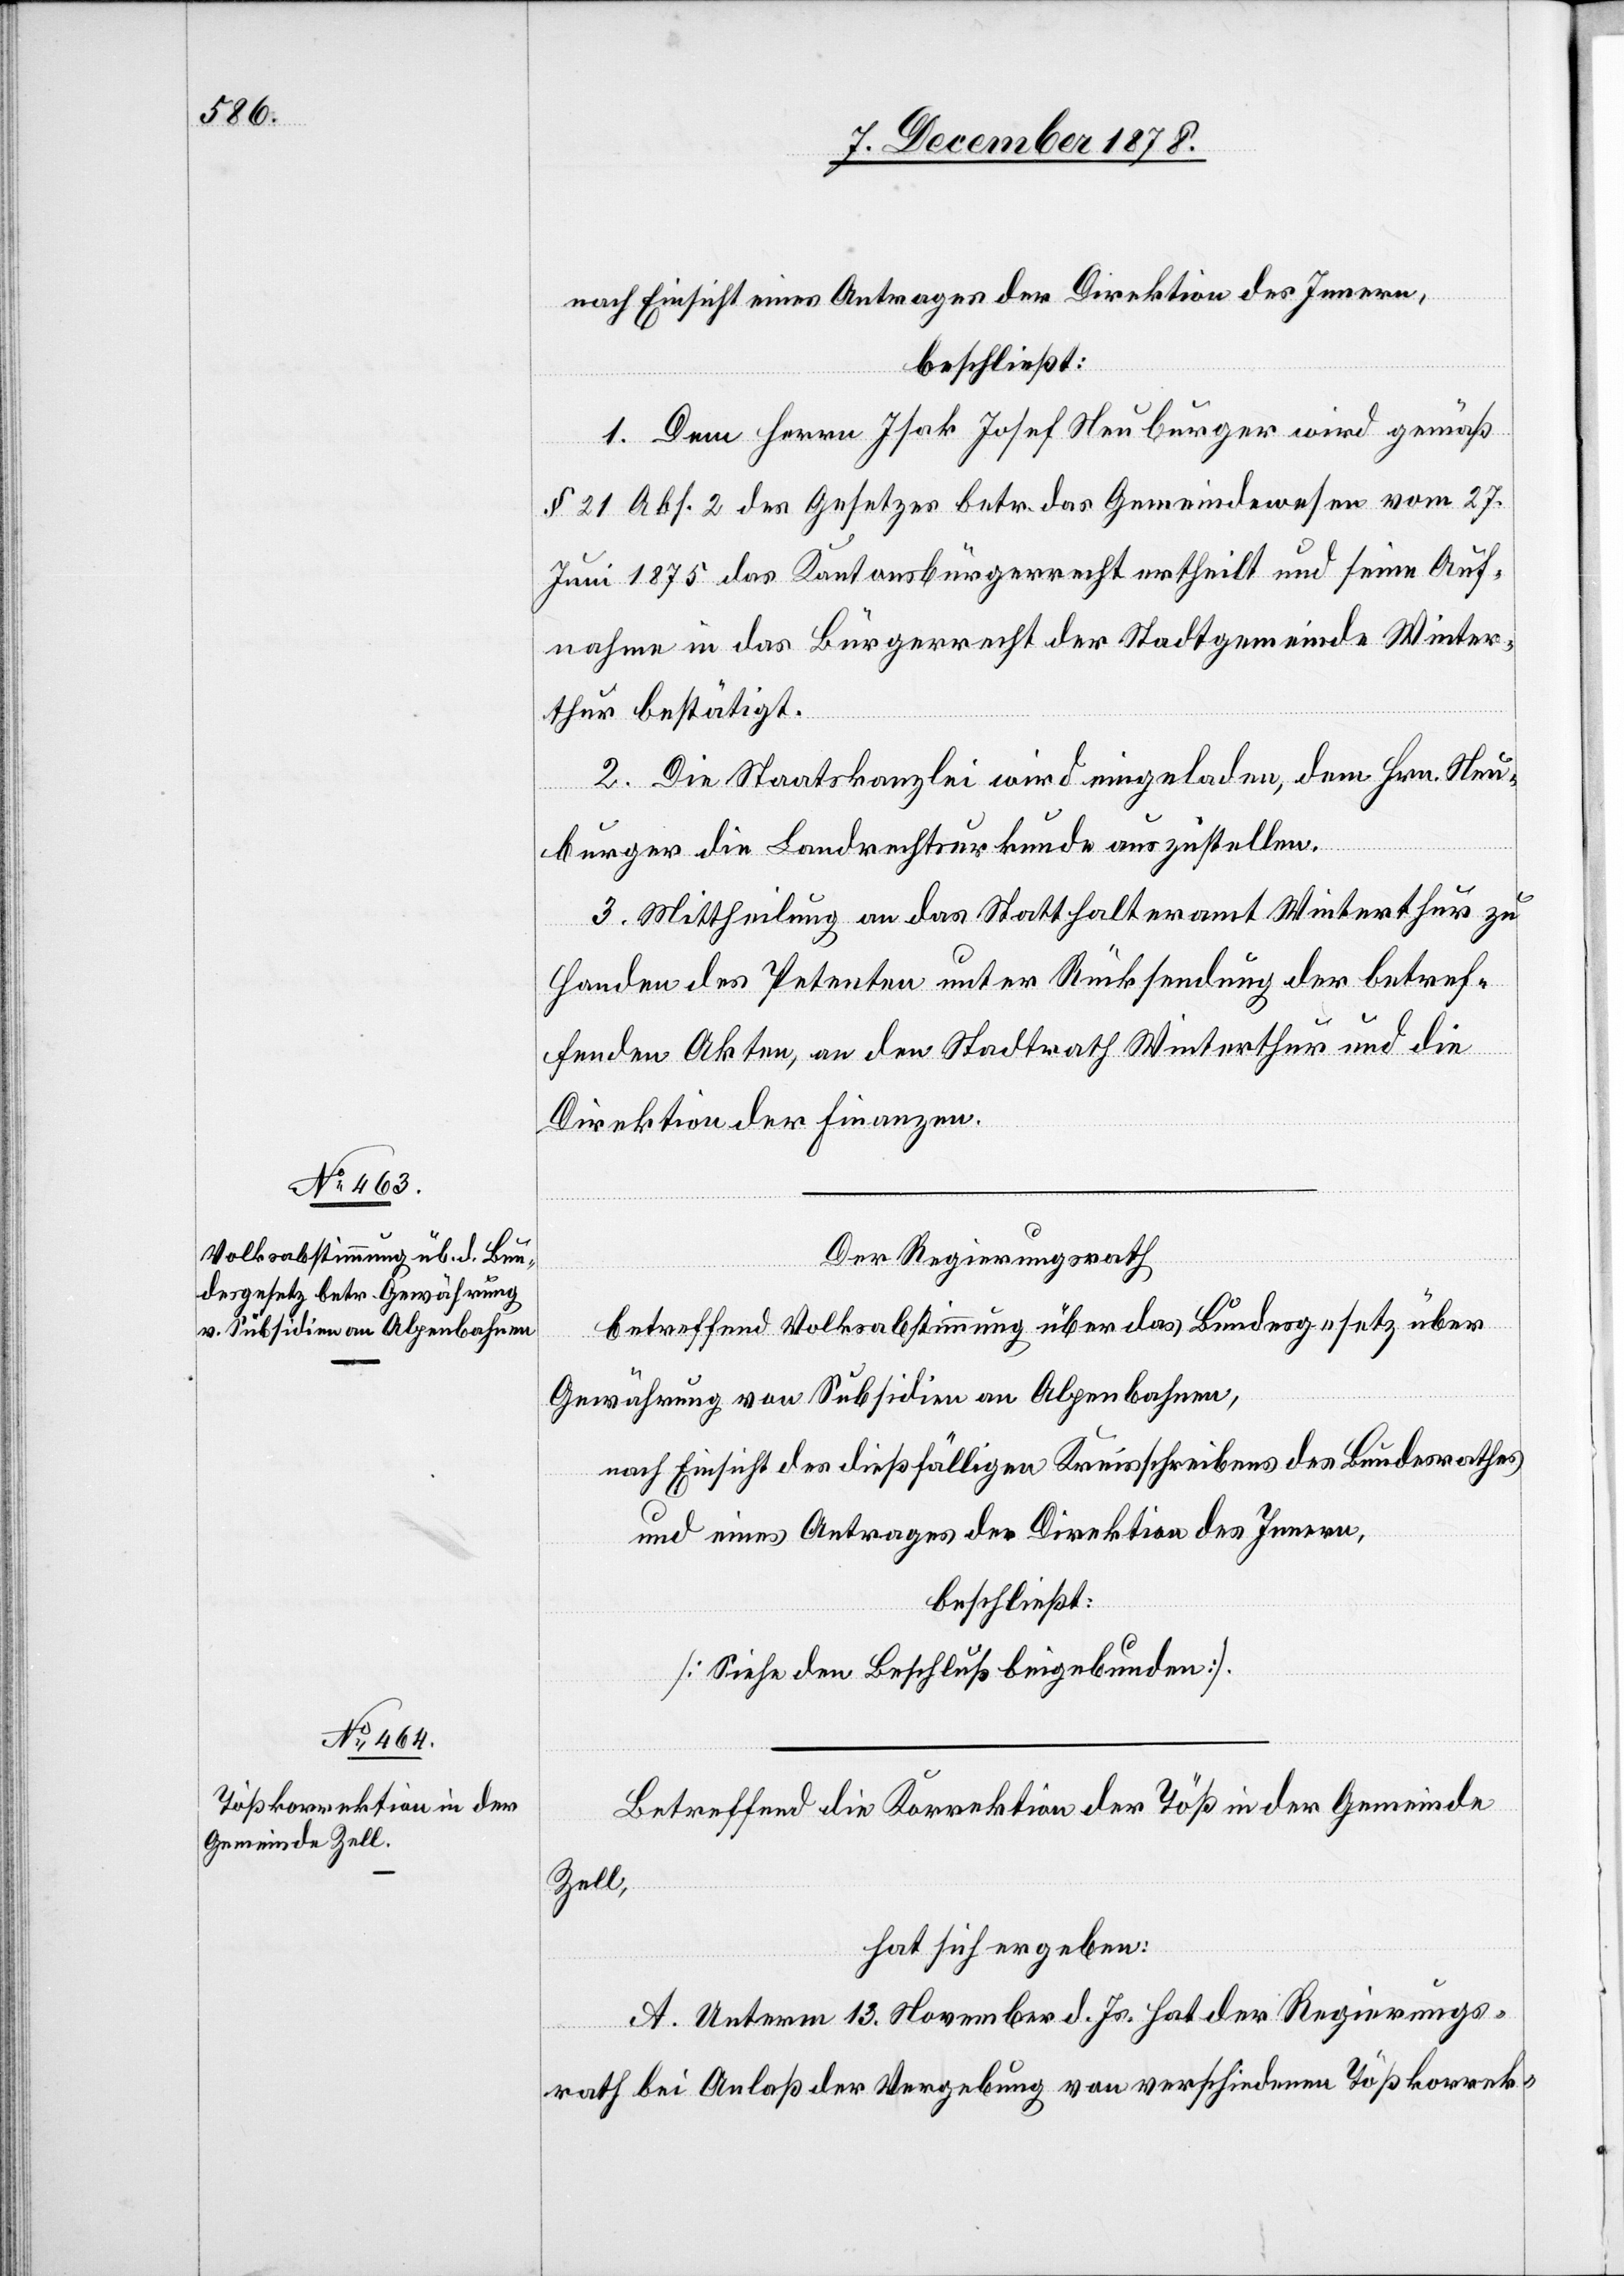
nach Einsicht eines Antrages der Direktion des Innern,
beschließt:
1. Dem Herrn Isak Josef Neuburger wird gemäß
§ 21 Abs. 2 des Gesetzes betreffend das Gemeindewesen vom 27.
Juni 1875 das Kantonsbürgerrecht ertheilt und seine Auf¬
nahme in das Bürgerrecht der Stadtgemeinde Winter¬
thur bestätigt.
2. Die Staatskanzlei wird eingeladen, dem Hrn. Neu¬
burger die Landtrechtsurkunde auszustellen.
3. Mittheilung an das Statthalteramt Winterthur zu
Handen des Petenten unter Rücksendung der betref¬
fenden Akten, an den Stadtrath Winterthur und an die
Direktion der Finanzen.
Der Regierungsrath
betreffend Volksabstimmung über das Bundesgesetz über
Gewährung von Subsidien an Alpenbahnen,
nach Einsicht des dießfälligen Kreisschreibens des Bundesrathes
und eines Antrages der Direktion des Innern,
beschließt:
[Siehe den Beschluß beigebunden].
Betreffend die Korrektion der Töß in der Gemeinde
Zell,
hat sich ergeben:
A. Unterm 13. November d. Js. hat der Regierungs¬
rath bei Anlaß der Vergebung von verschiedenen Tößkorrek-